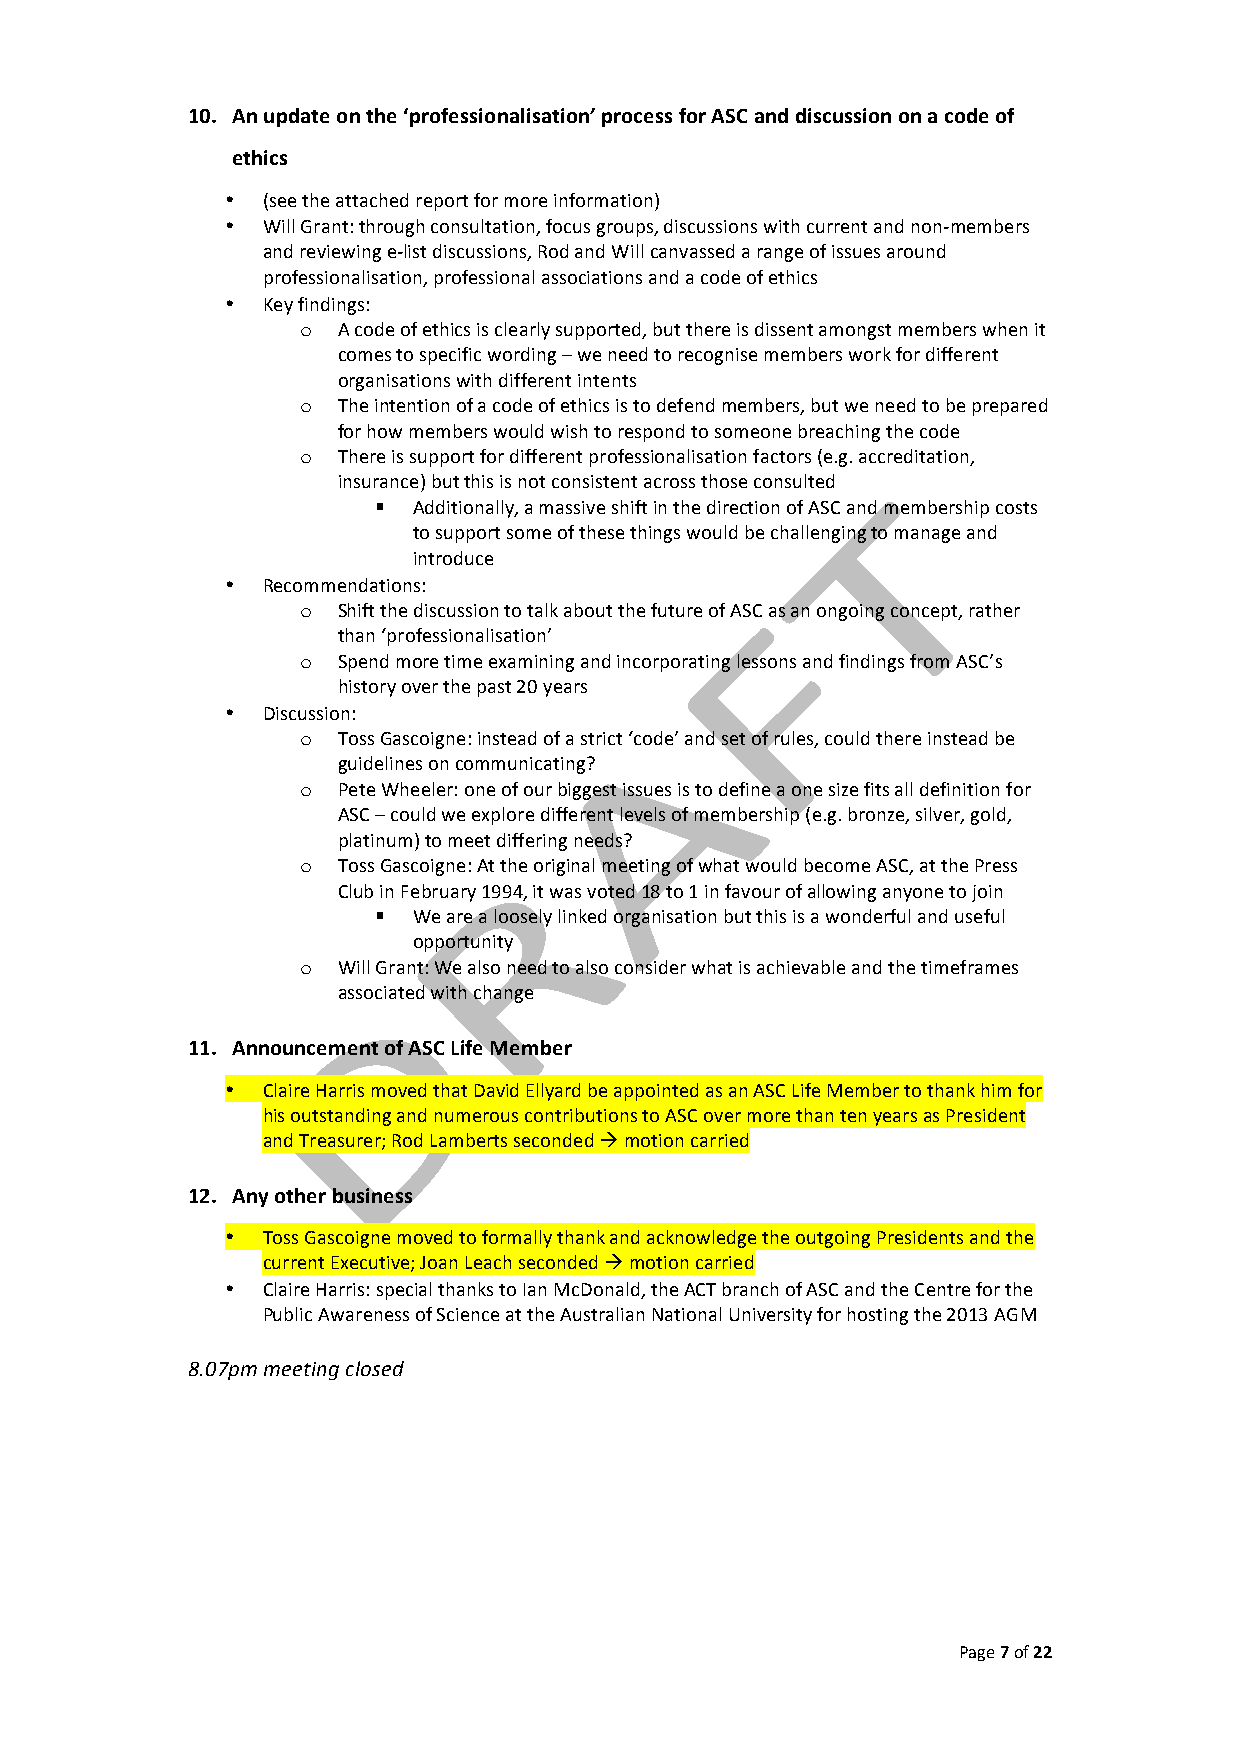
10. An update on the ‘professionalisation’ process for ASC and discussion on a code of
 ethics
 • (see the attached report for more information)
 • Will Grant: through consultation, focus groups, discussions with current and non-­‐members
 and reviewing e-­‐list discussions, Rod and Will canvassed a range of issues around
 professionalisation, professional associations and a code of ethics
 • Key findings:
 o A code of ethics is clearly supported, but there is dissent amongst members when it
 comes to specific wording – we need to recognise members work for different
 organisations with different intents
 o The intention of a code of ethics is to defend members, but we need to be prepared
 for how members would wish to respond to someone breaching the code
 o There is support for different professionalisation factors (e.g. accreditation,
 insurance) but this is not consistent across those consulted
 § Additionally, a massive shift in the direction of ASC and membership costs
 to support some of these things would be challenging to manage and
 introduce
 • Recommendations:
 o Shift the discussion to talk about the future of ASC as an ongoing concept, rather
 than ‘professionalisation’
 o Spend more time examining and incorporating lessons and findings from ASC’s
 history over the past 20 years
 • Discussion:
 o Toss Gascoigne: instead of a strict ‘code’ and set of rules, could there instead be
 guidelines on communicating?
 o Pete Wheeler: one of our biggest issues is to define a one size fits all definition for
 ASC – could we explore different levels of membership (e.g. bronze, silver, gold,
 platinum) to meet differing needs?
 o Toss Gascoigne: At the original meeting of what would become ASC, at the Press
 Club in February 1994, it was voted 18 to 1 in favour of allowing anyone to join
 § We are a loosely linked organisation but this is a wonderful and useful
 opportunity
 o Will Grant: We also need to also consider what is achievable and the timeframes
 associated with change
 11. Announcement of ASC Life Member
 • Claire Harris moved that David Ellyard be appointed as an ASC Life Member to thank him for
 his outstanding and numerous contributions to ASC over more than ten years as President
 and Treasurer; Rod Lamberts seconded à motion carried
 12. Any other business
 • Toss Gascoigne moved to formally thank and acknowledge the outgoing Presidents and the
 current Executive; Joan Leach seconded à motion carried
 • Claire Harris: special thanks to Ian McDonald, the ACT branch of ASC and the Centre for the
 Public Awareness of Science at the Australian National University for hosting the 2013 AGM
 8.07pm meeting closed
 Page 7 of 22